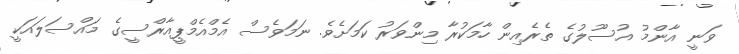
ވަނީ އާންމު އުސޫލުގެ ތެރެއިން ހާމަކުރާ މިންވަރު ކަމަށެވެ. ނަމަވެސް އެމްއެމްޕީއާރްސީގެ މައްސަލައަކީ